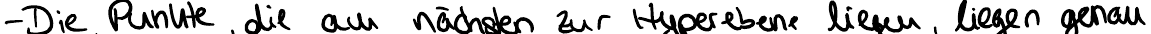
- Die Punkte, die am nächsten zur Hyperebene liegen, liegen genau